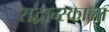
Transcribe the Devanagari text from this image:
राद्वान्स्काला